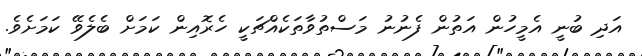
އަދި ބުނީ އެމީހުން އަތުން ފެނުނު މަސްތުވާތަކެއްޗަކީ ހެރޮއިން ކަމަށް ބެލެވޭ ކަމަށެވެ.